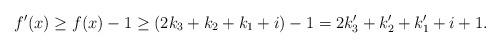
LaTeX: \begin{align*}f'(x)\geq f(x)-1\geq (2k_3+k_2+k_1+i)-1=2k_3'+k'_2+k_1'+i+1.\end{align*}